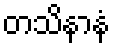
တသိနာနံ